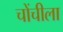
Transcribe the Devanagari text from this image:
चोंचीला